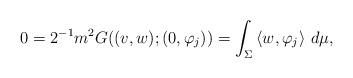
LaTeX: \begin{align*}0=2^{-1}m^{2} G((v,w);(0,\varphi_j))= \int_{\Sigma}\left\langle w,\varphi_j \right\rangle \, d\mu,\end{align*}